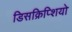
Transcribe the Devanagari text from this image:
डिसक्रिप्शियो